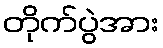
တိုက်ပွဲအား